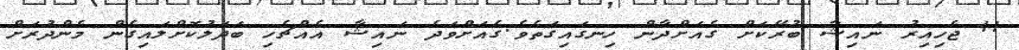
11 ޖެހިއިރު ނަައިޝާ ބުރޭކަށް ގެއަށްދާން ހިނގައިގަތެވެ.ގެއަށްވަދެ ނައިޝާ އެއްޗެހި ބަދަލުކޮށްލައިގެން މެންދުރަށް